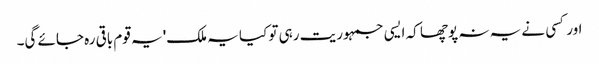
اور کسی نے یہ نہ پوچھا کہ ایسی جمہوریت رہی تو کیا یہ ملک' یہ قوم باقی رہ جائے گی۔